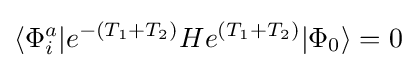
\langle \Phi _{i}^{a}|e^{-(T_{1}+T_{2})}He^{(T_{1}+T_{2})}|\Phi _{0}\rangle =0